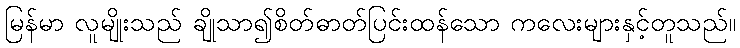
မြန်မာ လူမျိုးသည် ချိုသာ၍စိတ်ဓာတ်ပြင်းထန်သော ကလေးများနှင့်တူသည်။